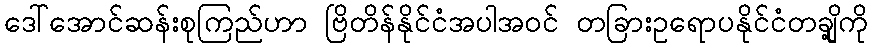
ဒေါ်အောင်ဆန်းစုကြည်ဟာ ဗြိတိန်နိုင်ငံအပါအဝင် တခြားဥရောပနိုင်ငံတချို့ကို